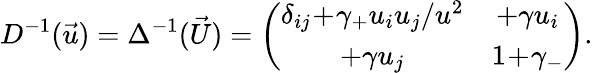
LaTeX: D^{-1}(\vec{u})=\Delta^{-1}(\vec{U})=\left(\begin{array}{cc}{{\delta_{ij}\! +\! \gamma_{+}u_{i}u_{j}/u^{2}}}&{{+\gamma u_{i}}}\\ {{+\gamma u_{j}}}&{{1\! +\! \gamma_{-}}}\end{array}\right).